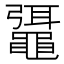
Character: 𪓯